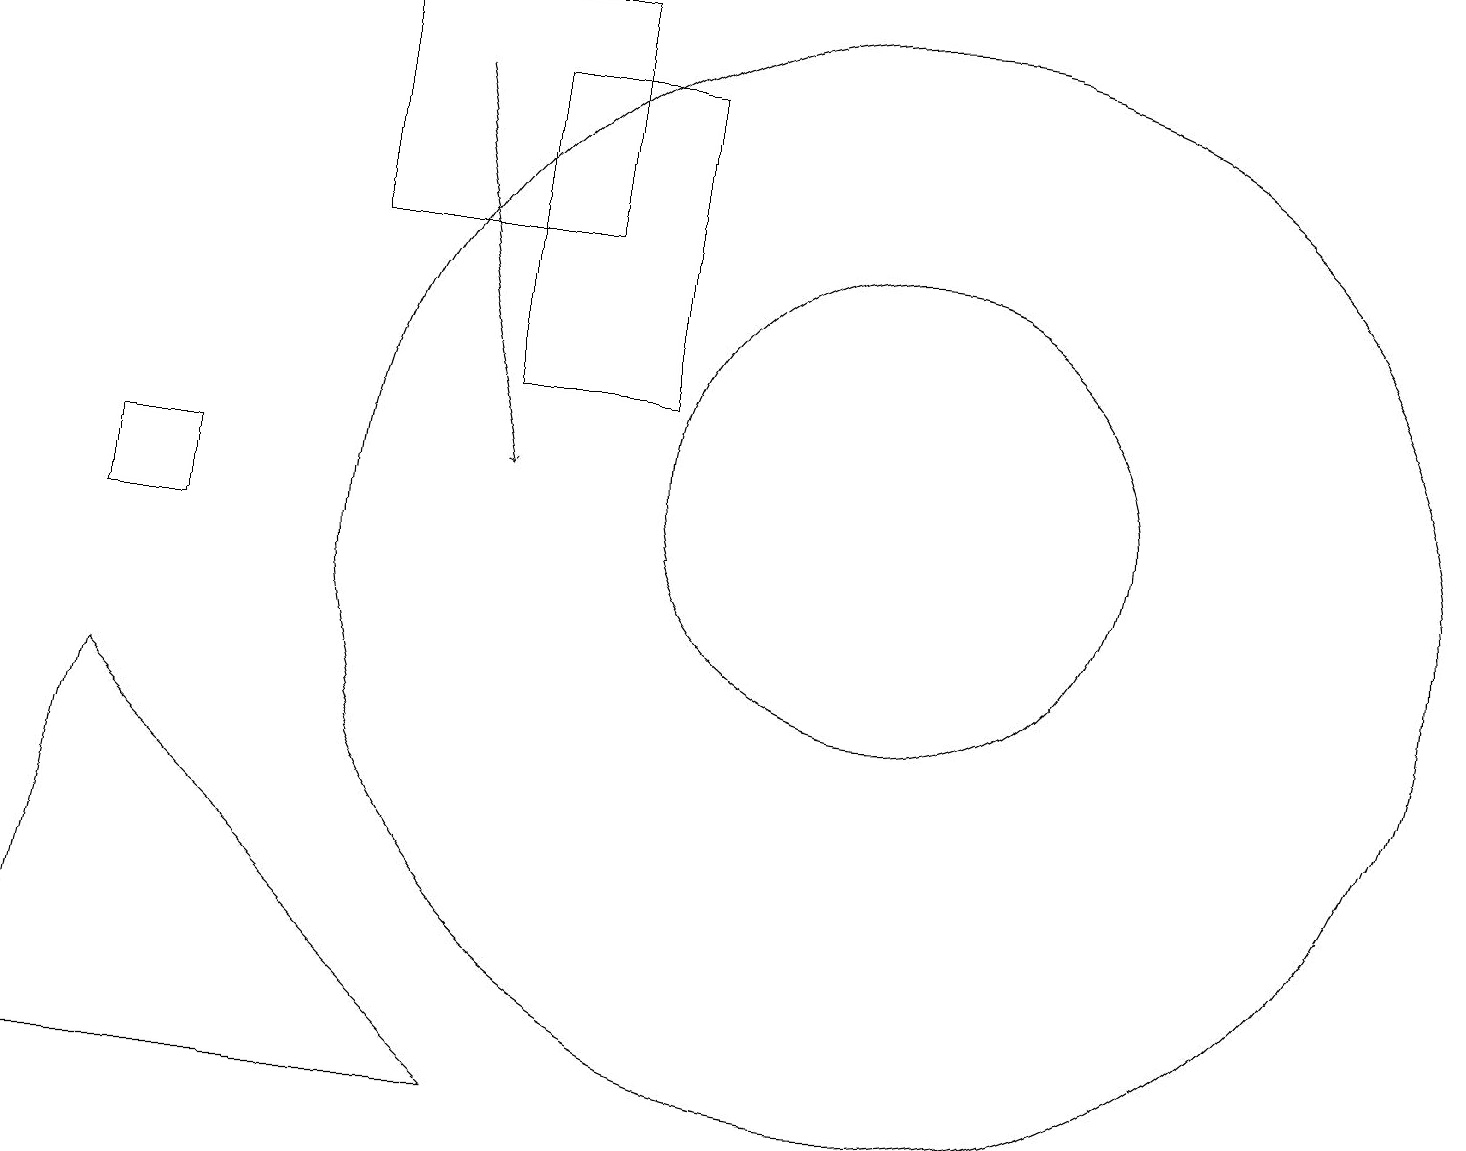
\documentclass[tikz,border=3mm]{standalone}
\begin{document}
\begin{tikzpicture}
\draw (2,11) rectangle (1,10);
\draw (11,11) circle (3);
\draw[->] (5,16) -- (6,11);
\draw (11,11) circle (0);
\draw (8,12) rectangle (6,16);
\draw (7,17) rectangle (4,14);
\draw (6,3) -- (0,3) -- (1,8) -- cycle;
\draw (11,10) circle (7);
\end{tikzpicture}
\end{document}